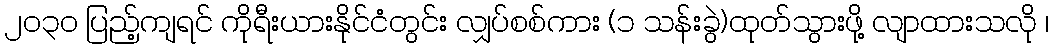
၂၀၃၀ ပြည့်ကျရင် ကိုရီးယားနိုင်ငံတွင်း လျှပ်စစ်ကား (၁ သန်းခွဲ)ထုတ်သွားဖို့ လျာထားသလို ၊